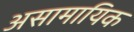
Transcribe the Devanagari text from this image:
असामायिक